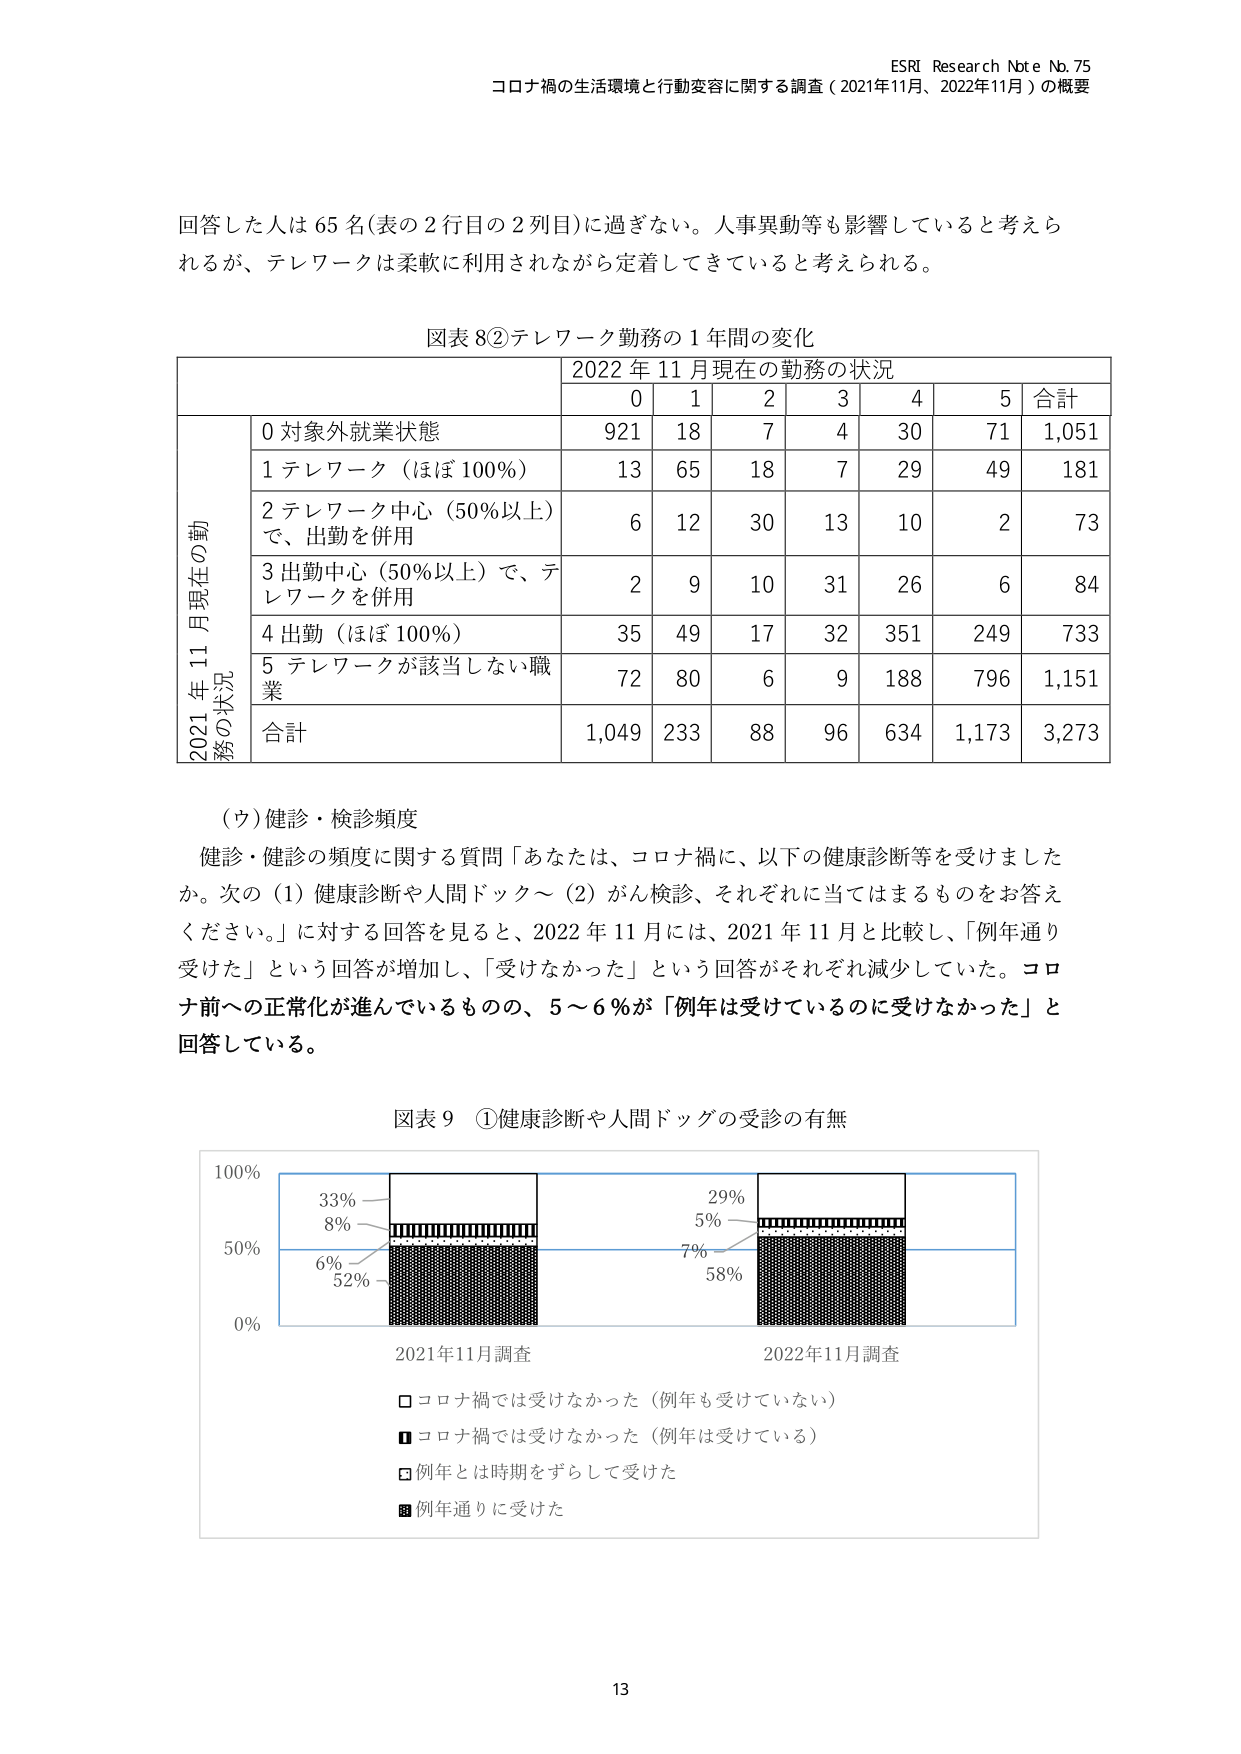
ESRI Research Note No. 75
コロナ禍の生活環境と行動変容に関する調査（2021年11月、2022年11月）の概要

回答した人は65名（表の2行目の2列目）に過ぎない。人事異動等も影響していると考えられるが、テレワークは柔軟に利用されながら定着してきていると考えられる。

図表8②テレワーク勤務の1年間の変化

2022年11月現在の勤務の状況
0 1 2 3 4 5 合計

2021年11月現在の勤務の状況
0 対象外就業状態 921 18 7 4 30 71 1,051
1 テレワーク（ほぼ100％） 13 65 18 7 29 49 181
2 テレワーク中心（50％以上）で、出勤を併用 6 12 30 13 10 2 73
3 出勤中心（50％以上）で、テレワークを併用 2 9 10 31 26 6 84
4 出勤（ほぼ100％） 35 49 17 32 351 249 733
5 テレワークが該当しない職業 72 80 6 9 188 796 1,151
合計 1,049 233 88 96 634 1,173 3,273

（ウ）健診・検診頻度
健診・健診の頻度に関する質問「あなたは、コロナ禍に、以下の健康診断等を受けましたか。次の（1）健康診断や人間ドック～（2）がん検診、それぞれに当てはまるものをお答えください。」に対する回答を見ると、2022年11月には、2021年11月と比較し、「例年通り受けた」という回答が増加し、「受けなかった」という回答がそれぞれ減少していた。コロナ前への正常化が進んでいるものの、5～6％が「例年は受けているのに受けなかった」と回答している。

図表9 ①健康診断や人間ドッグの受診の有無

100%
33%
8%
6%
52%
29%
5%
7%
58%
50%
0%
2021年11月調査 2022年11月調査

□ コロナ禍では受けなかった（例年も受けていない）
■ コロナ禍では受けなかった（例年は受けている）
□ 例年とは時期をずらして受けた
■ 例年通りに受けた

13